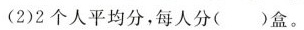
(2)2个人平均分，每人分( )盒。